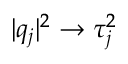
\lvert q _ { j } \rvert ^ { 2 } \rightarrow \tau _ { j } ^ { 2 }